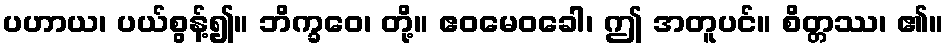
ပဟာယ၊ ပယ်စွန့်၍။ ဘိက္ခဝေ၊ တို့။ ဧဝမေဝခေါ၊ ဤ အတူပင်။ စိတ္တဿ၊ ၏။